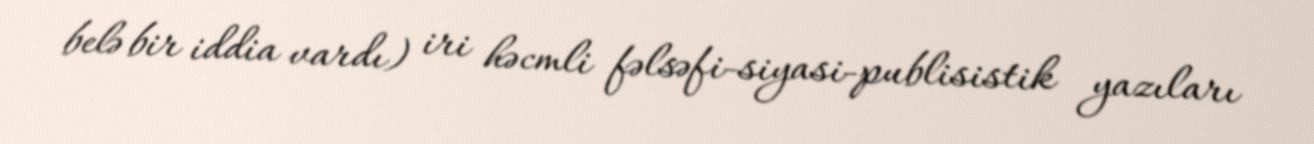
belə bir iddia vardı) iri həcmli fəlsəfi-siyasi-publisistik yazıları